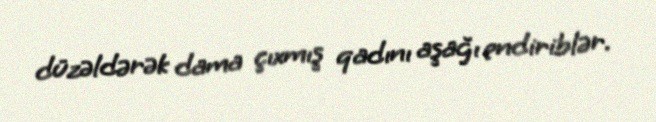
düzəldərək dama çıxmış qadını aşağı endiriblər.